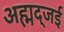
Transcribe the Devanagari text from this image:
अह्मद्जई